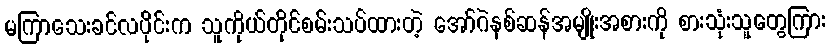
မကြာသေးခင်လပိုင်းက သူကိုယ်တိုင်စမ်းသပ်ထားတဲ့ အော်ဂဲနစ်ဆန်အမျိုးအစားကို စားသုံးသူတွေကြား